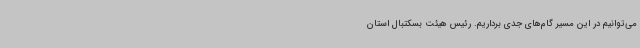
می‌توانیم در این مسیر گام‌های جدی برداریم. رئیس هیئت بسکتبال استان